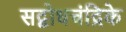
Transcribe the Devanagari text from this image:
सद्बोधचंद्रिके